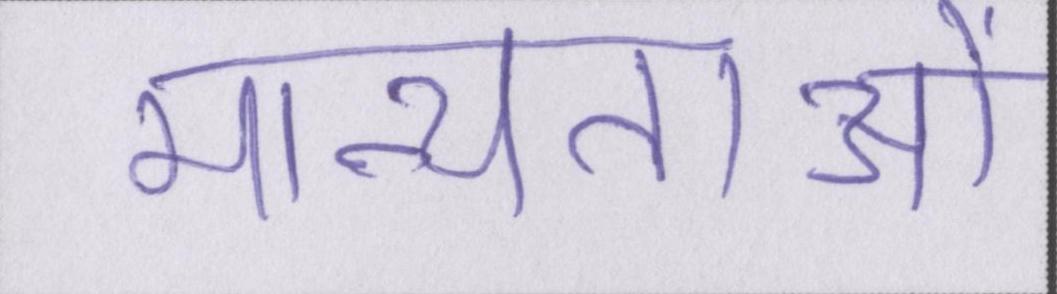
मान्यताओं